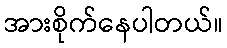
အားစိုက်နေပါတယ်။